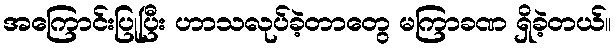
အကြောင်းပြုပြီး ဟာသလုပ်ခဲ့တာတွေ မကြာခဏ ရှိခဲ့တယ်။